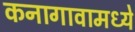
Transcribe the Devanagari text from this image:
कनागावामध्ये